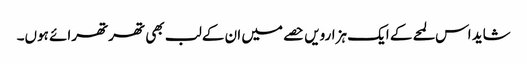
شاید اس لمحے کے ایک ہزارویں حصے میں ان کے لب بھی تھرتھرائے ہوں۔